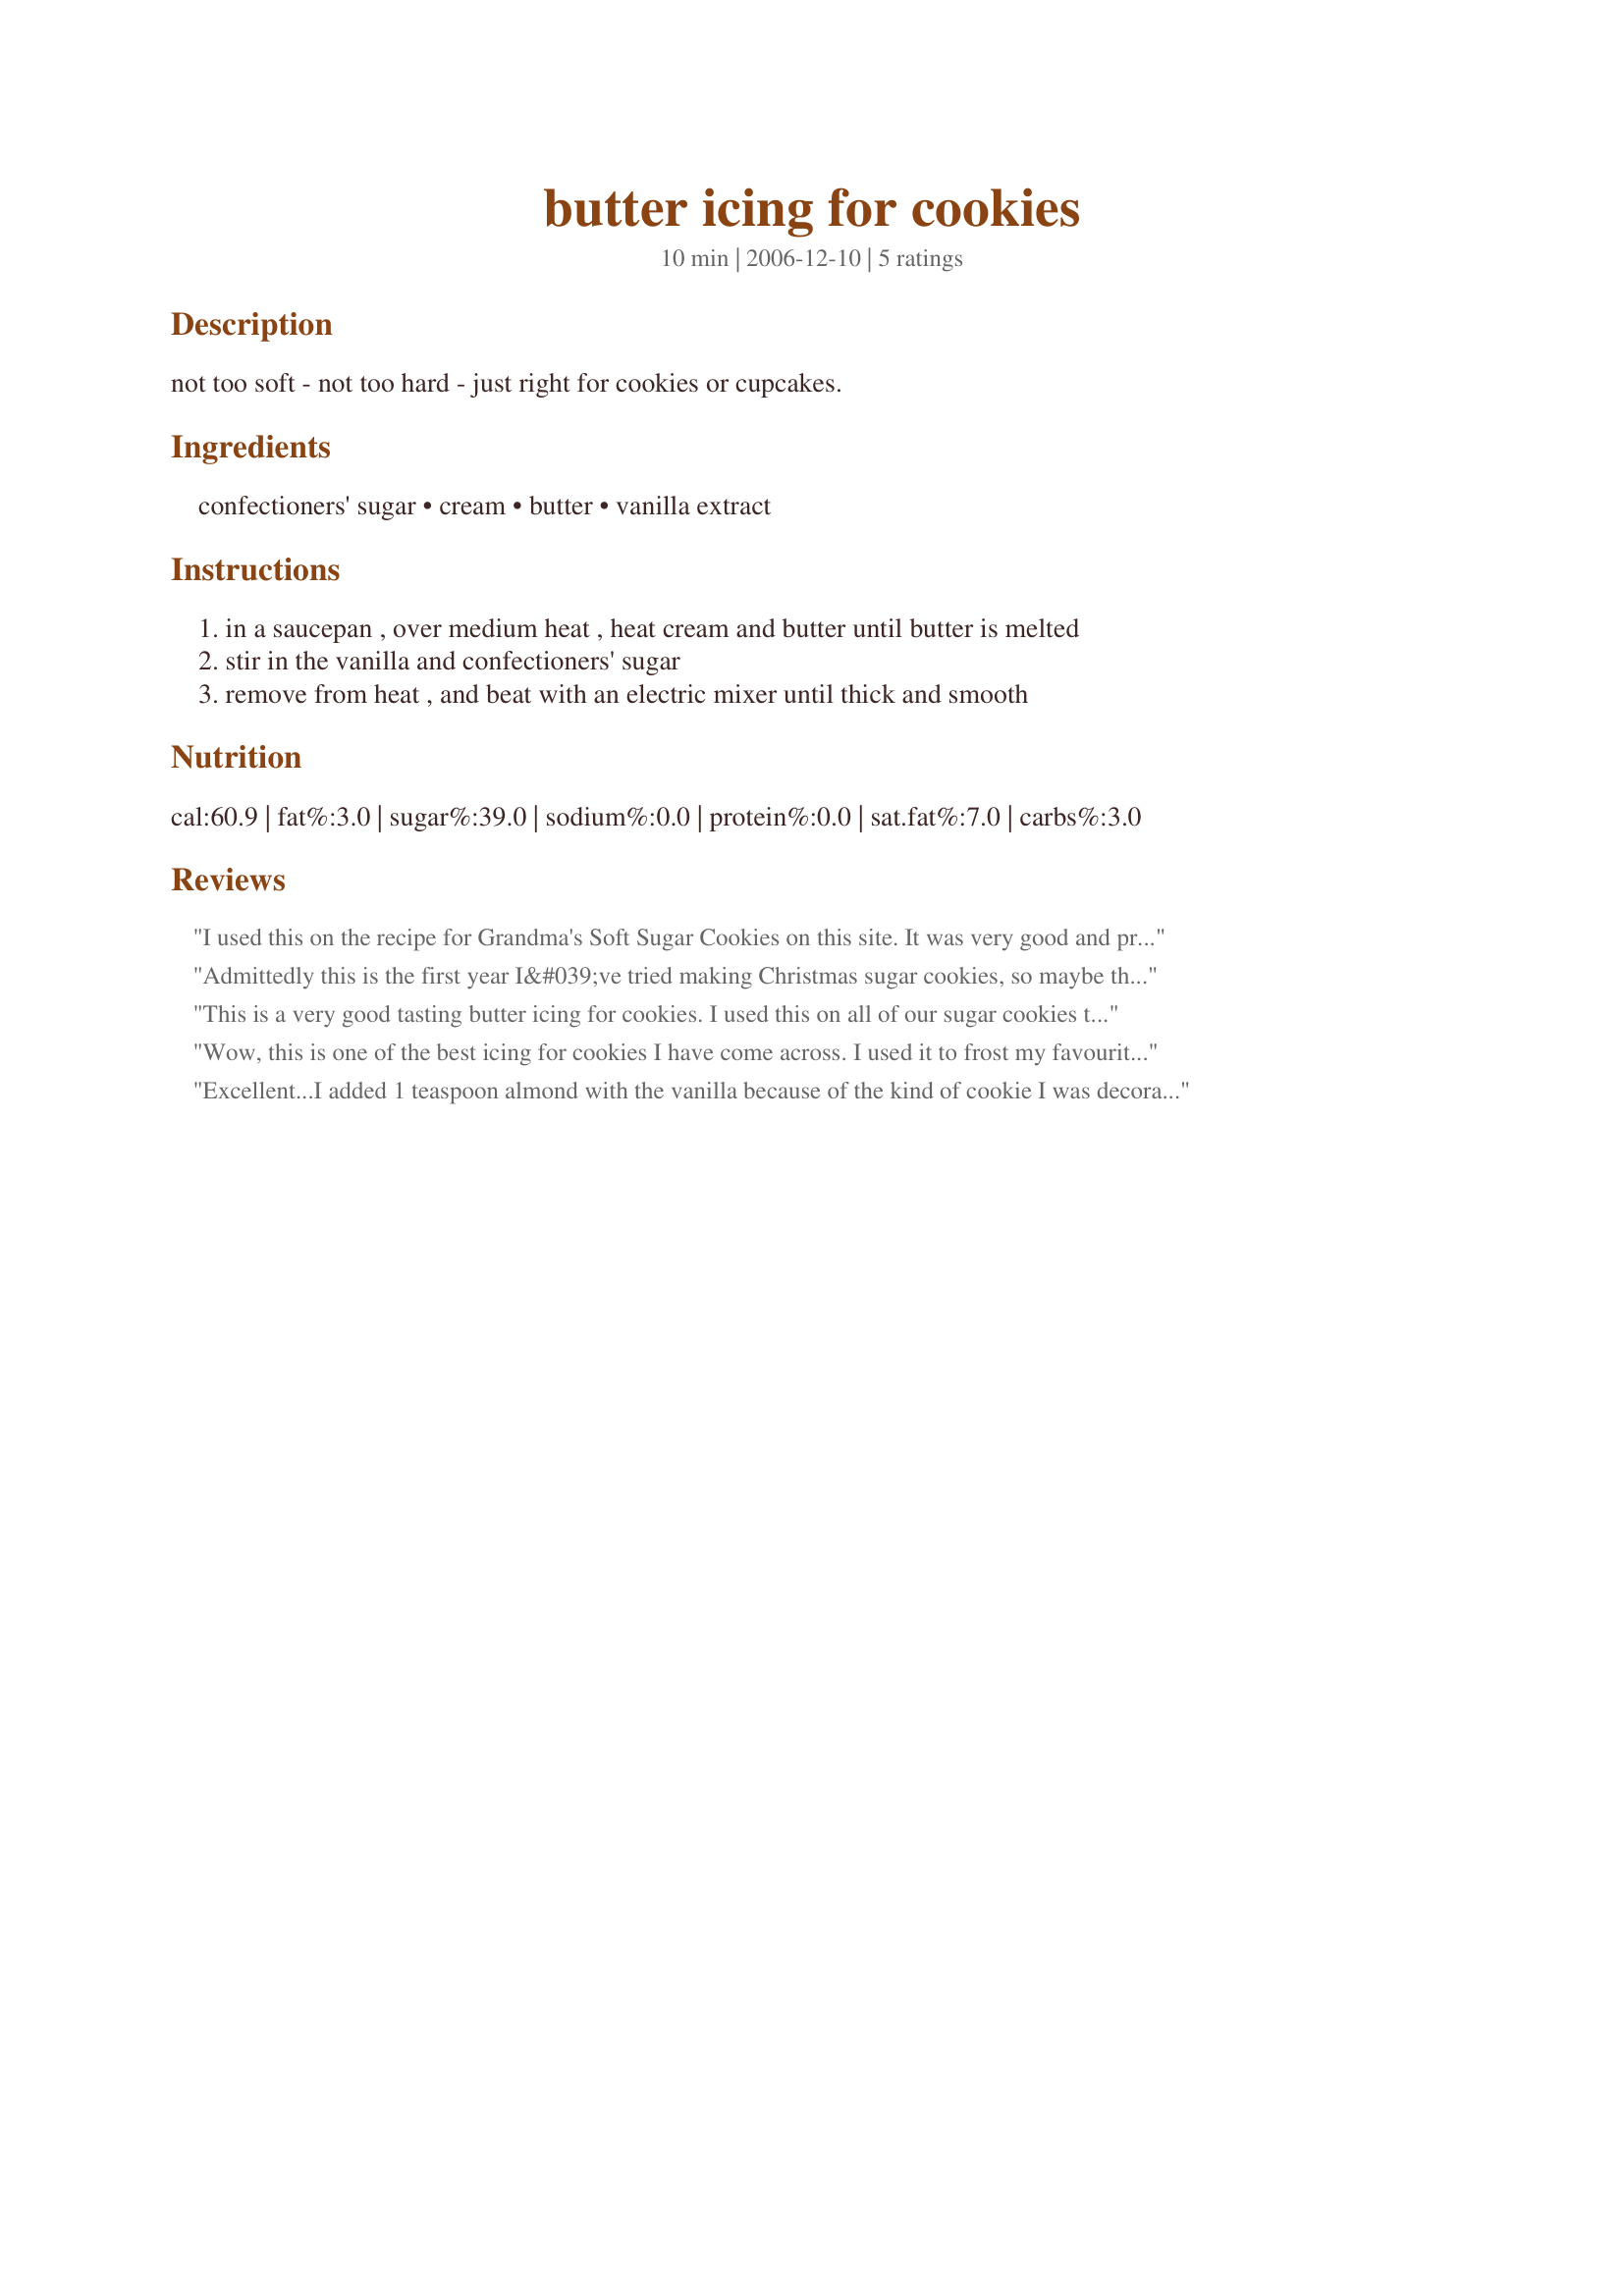
butter icing for cookies
Preparation time: 10 minutes

not too soft - not too hard - just right for cookies or cupcakes.

Ingredients:
confectioners' sugar, cream, butter, vanilla extract

Steps:
in a saucepan , over medium heat , heat cream and butter until butter is melted, stir in the vanilla and confectioners' sugar, remove from heat , and beat with an electric mixer until thick and smooth

Reviews:
I used this on the recipe for Grandma's Soft Sugar Cookies on this site. It was very good and pretty on the cookie plate.
Admittedly this is the first year I&#039;ve tried making Christmas sugar cookies, so maybe the problem I encountered may be chalked up to &#039;user error&#039; but this icing did not stick to my cookies and I had to layer it on thicker than I wanted in order to get it to stick. Also, my jimmies and crystalized sugar toppings fell right off. What am I doing wrong??
This is a very good tasting butter icing for cookies. I used this on all of our sugar cookies this year. Made for Market Tag 2007
Wow, this is one of the best icing for cookies I have come across. I used it to frost my favourite sugar cookies recipe and I will never go back. This icing dries nice and hard and really quickly too, so you can stack your cookies if you need to. The inside of the icing remained nice and soft and the buttery taste just kept me wanting more. Delicious! Thanks for posting.
Excellent...I added 1 teaspoon almond with the vanilla because of the kind of cookie I was decorating...when it gets too stiff, I just stir in a little more cream. Thanks for a very easy and delicious recipe!
